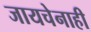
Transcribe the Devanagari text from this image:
जायचेनाही